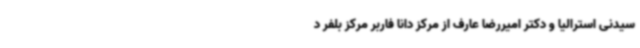
سیدنی استرالیا و دکتر امیررضا عارف از مرکز دانا فاربر مرکز بلفر د